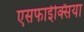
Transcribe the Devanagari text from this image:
एसफाईक्सिया